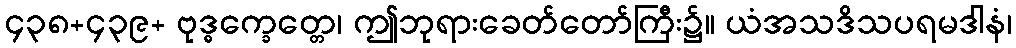
၄၃၈+၄၃၉+ ဗုဒ္ဓက္ခေတ္တေ၊ ဤဘုရားခေတ်တော်ကြီး၌။ ယံအသဒိသပရမဒါနံ၊